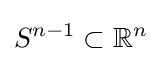
S^{n-1}\subset \mathbb {R} ^{n}